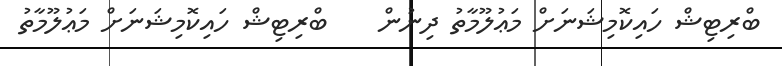
ބްރިޓިޝް ހައިކޮމިޝަނަށް މަޢުލޫމާތު ދިނުން    ބްރިޓިޝް ހައިކޮމިޝަނަށް މަޢުލޫމާތު